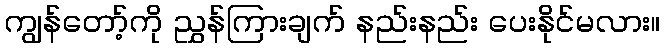
ကျွန်တော့်ကို ညွှန်ကြားချက် နည်းနည်း ပေးနိုင်မလား။